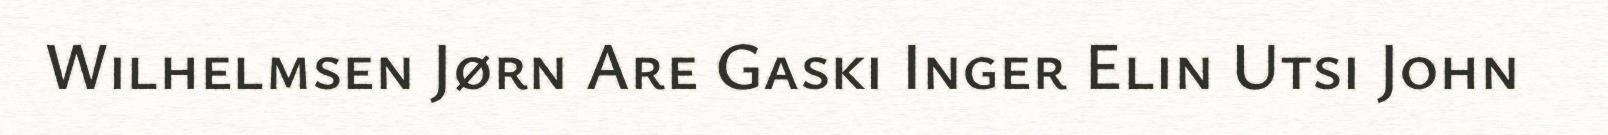
Wilhelmsen Jørn Are Gaski Inger Elin Utsi John